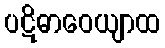
ပဋိဓာဝေယျာထ